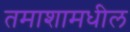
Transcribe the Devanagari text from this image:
तमाशामधील